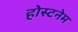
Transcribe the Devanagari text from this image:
होस्टनेम